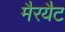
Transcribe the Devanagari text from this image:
मैरयैट